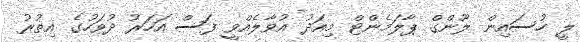
ލީ ހުސައިން ލޫންގް ޕާލަމެންޓް މިއަދު އުވާލެއްވީ ފަސް އަހަރު ދުވަހުގެ އިތުރު